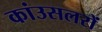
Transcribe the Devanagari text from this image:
कांउसलरों